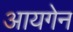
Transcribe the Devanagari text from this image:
आयगेन